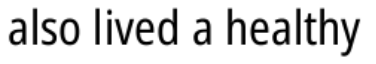
also lived a healthy